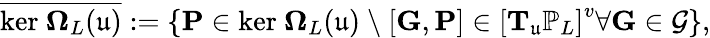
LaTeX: \overline{{\mathrm{ker~}\mathbf{\Omega}_{L}(\mathfrak{u})}}:=\{ \mathbf{P}\in\mathrm{ker~}\mathbf{\Omega}_{L}(\mathfrak{u})\ \backslash\ [\mathbf{G},\mathbf{P}]\in\left[\mathbf{T}_{\mathfrak{u}}\mathbb{P}_{L}\right]^{v}\forall\mathbf{G}\in\mathcal{G}\} ,